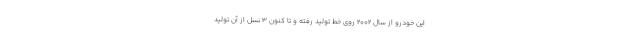
این خودرو از سال 2002 روی خط تولید رفته و تا کنون 3 نسل از آن تولید